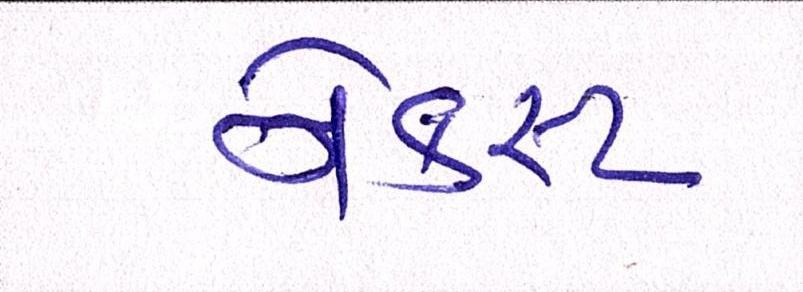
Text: નેક્સ્ટ